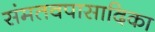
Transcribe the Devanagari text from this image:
संमतवपासादिका